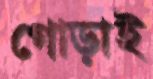
গোড়াই